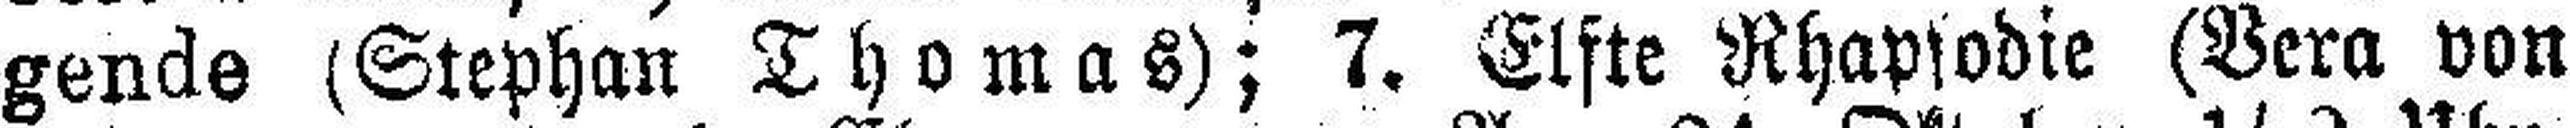
gende (Stephan Thomas); 7. Elfte Rhapsodie (Vera von